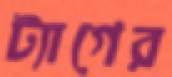
ট্যাগের